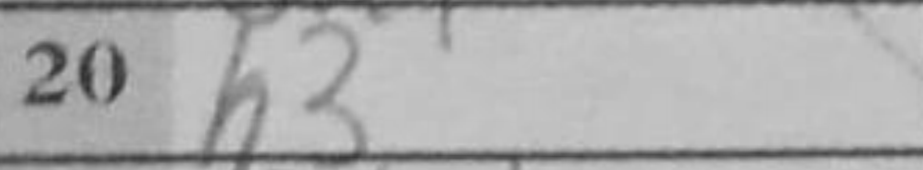
Transcription: h3